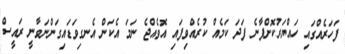
ފަހަރެއްގައި ހައްޔަރުކޮށްފާނެ ފަދަ ކަމެއް ކުރެއްވިފައި އޮވެއްޖެ ނަމަ އެކަން އެނގިވަޑައިގަންނަވާނީ ރައީސް